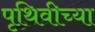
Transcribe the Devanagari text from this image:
पृथिवीच्या